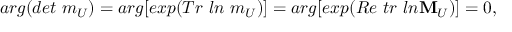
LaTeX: a r g ( d e t \ m _ { U } ) = a r g [ e x p ( T r \ l n \ m _ { U } ) ] = a r g [ e x p ( R e \ t r \ l n { \bf M } _ { U } ) ] = 0 ,